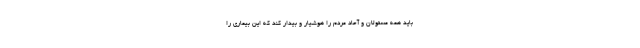
باید همه مسئولان و آحاد مردم را هوشیار و بیدار کند که این بیماری را